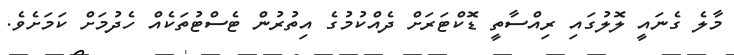
މާލެ ގެނައީ ލޮލުގައި ރިއްސާތީ ޑޮކްޓަރަށް ދެއްކުމުގެ އިތުރުން ޓެސްޓުތަކެއް ހެދުމަށް ކަމަށެވެ.